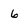
Character: 6